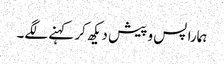
ہمارا پس و پیش دیکھ کر کہنے لگے۔